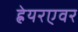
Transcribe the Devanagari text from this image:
ह्रेयरएवर